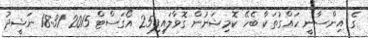
ގެ އިންސާނީ ހައްގުތަކާ ބެހޭ ކޮމިޝަނުން ގޮވާލައިފި25 އޯގަސްޓް 2015 18:31 ނަޝީދު